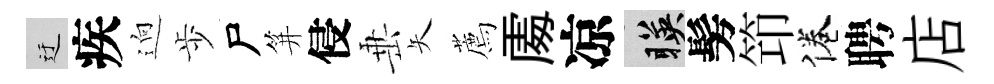
迂疾逈歩尸笄侵𡸁矢薦𠁅凉暎髣笻倦聘店